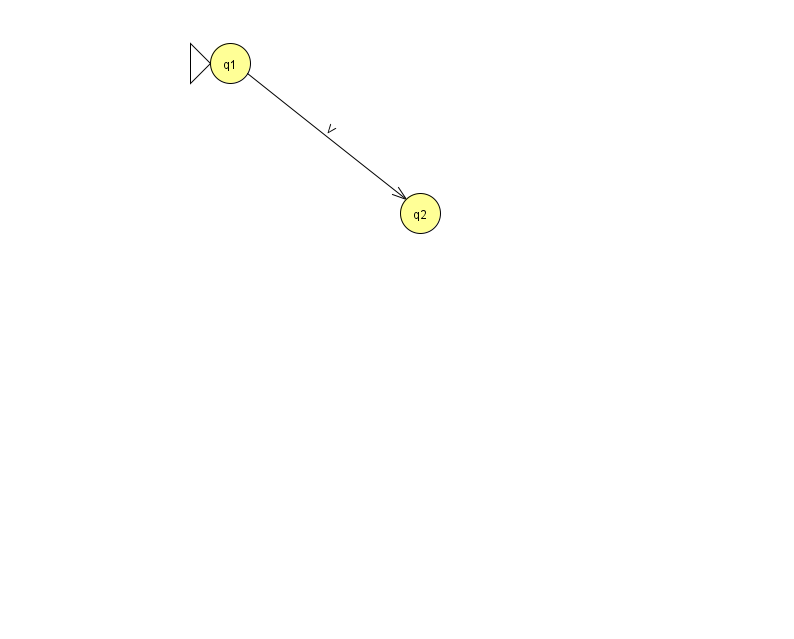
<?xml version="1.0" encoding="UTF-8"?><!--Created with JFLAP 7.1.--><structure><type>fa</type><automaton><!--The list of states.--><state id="1" name="q1"><x>230.0</x><y>50.0</y><initial/></state><state id="2" name="q2"><x>420.0</x><y>200.0</y></state><!--The list of transitions.--><transition><from>1</from><to>2</to><read>V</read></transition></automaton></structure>